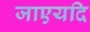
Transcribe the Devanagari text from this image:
जाएयदि